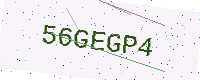
Text: 56GEGP4